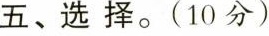
五、选择。(10分)